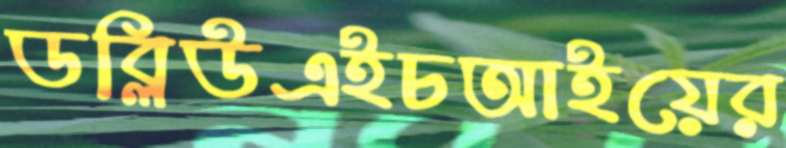
ডব্লিউএইচআইয়ের